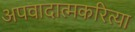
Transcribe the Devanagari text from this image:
अपवादात्मकरित्या